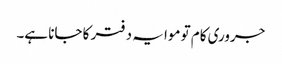
جروری کام تو موا یہ دفتر کا جانا ہے۔